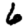
Digit: 6